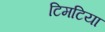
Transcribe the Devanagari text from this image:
टिमटिया